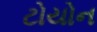
ટોયોન